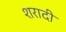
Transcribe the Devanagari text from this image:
शरादी